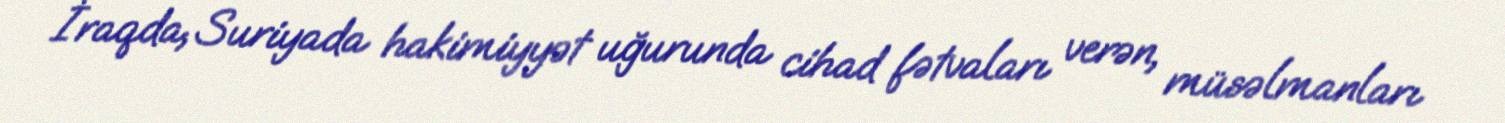
İraqda, Suriyada hakimiyyət uğurunda cihad fətvaları verən, müsəlmanları